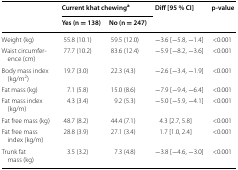
| <ROWSPAN=2>  | <COLSPAN=2> Current khat chewinga | <ROWSPAN=2> Diff [95 % CI] | <ROWSPAN=2> p-value |
 | Yes (n = 138) | No (n = 247) |
 | --- | --- | --- | --- | --- |
 | Weight (kg) | 55.8 (10.1) | 59.5 (12.0) | −3.6 [−5.8, −1.4] | <0.001 |
 | Waist circumference (cm) | 77.7 (10.2) | 83.6 (12.4) | −5.9 [−8.2, −3.6] | <0.001 |
 | Body mass index (kg/m2) | 19.7 (3.0) | 22.3 (4.3) | −2.6 [−3.4, −1.9] | <0.001 |
 | Fat mass (kg) | 7.1 (5.8) | 15.0 (8.6) | −7.9 [−9.4, −6.4] | <0.001 |
 | Fat mass index (kg/m) | 4.3 (3.4) | 9.2 (5.3) | −5.0 [−5.9, −4.1] | <0.001 |
 | Fat free mass (kg) | 48.7 (8.2) | 44.4 (7.1) | 4.3 [2.7, 5.8] | <0.001 |
 | Fat free mass index (kg/m) | 28.8 (3.9) | 27.1 (3.4) | 1.7 [1.0, 2.4] | <0.001 |
 | Trunk fat mass (kg) | 3.5 (3.2) | 7.3 (4.8) | −3.8 [−4.6, −3.0] | <0.001 |